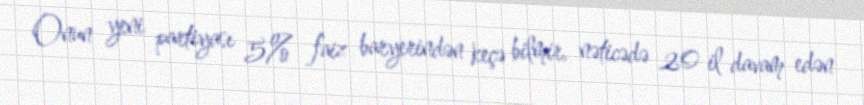
Onun yeni partiyası 5% faiz baryerindən keçə bilmir, nəticədə 20 il davam edən